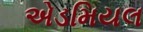
એડમિયલ